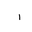
Letter: _alif